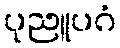
ပုညူပဂံ